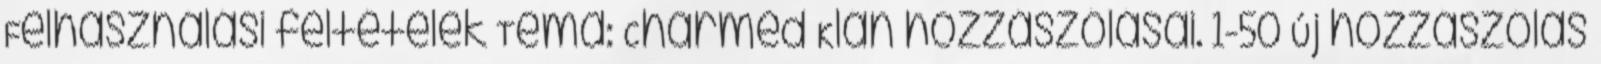
Felhasználási feltételek Téma: Charmed Klán hozzászólásai. 1-50 Új hozzászólás